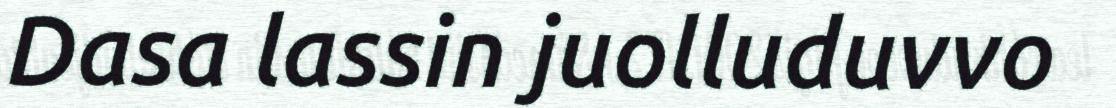
Dasa lassin juolluduvvo